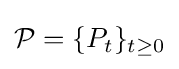
{\mathcal {P}}=\{P_{t}\}_{t\geq 0}